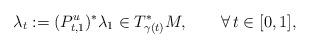
LaTeX: \begin{align*} \lambda_t:=(P_{t,1}^u)^* \lambda_1\in T^*_{\gamma(t)}M, \qquad\forall\,t\in[0,1],\end{align*}